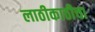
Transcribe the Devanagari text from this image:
लाठीकाठीचा